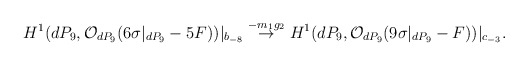
\begin{align*}H^{1}(dP_9, {\cal O}_{dP_9}(6 \sigma|_{dP_9} - 5F))|_{b_{-8}}\stackrel{-m_1 g_2}{\rightarrow}H^{1}(dP_9, {\cal O}_{dP_9}(9 \sigma|_{dP_9} - F))|_{c_{-3}}.\end{align*}